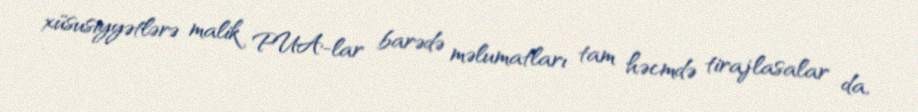
xüsusiyyətlərə malik PUA-lar barədə məlumatları tam həcmdə tirajlasalar da,